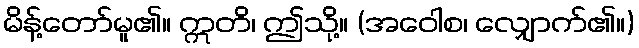
မိန့်တော်မူ၏။ ဣတိ၊ ဤသို့။ (အဝေါစ၊ လျှောက်၏။)